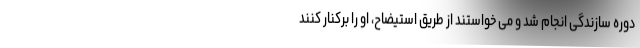
دوره سازندگی انجام شد و می خواستند از طریق استیضاح، او را برکنار کنند